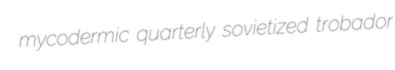
mycodermic quarterly sovietized trobador